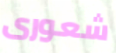
شعورى